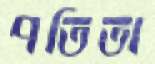
পতিতা